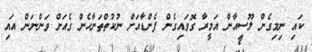
ކައި ނިމިގެން ލޫސިއާން އަމީރާ ގޮވައިގެން ފެންޑާއަށް ނުކުތްތަނާހެން ގެއަށް ވަންނަން އައި